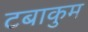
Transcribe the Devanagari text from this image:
टबाकुम